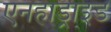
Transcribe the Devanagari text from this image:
एनहाड्राइड